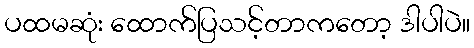
ပထမဆုံး ထောက်ပြသင့်တာကတော့ ဒါပါပဲ။